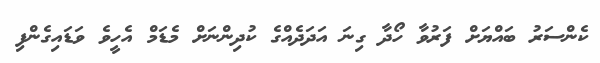
ކެންސަރު ބައްޔަށް ފަރުވާ ހޯދާ ގިނަ އަދަދެއްގެ ކުދިންނަށް މެޑަމް އެހީވެ ވަޑައިގެންފި